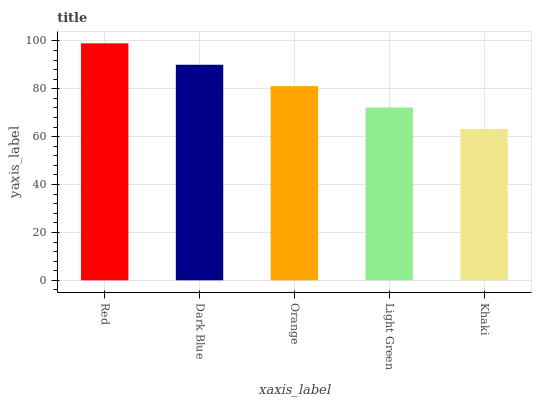
| xaxis_label | bars |
 | --- | --- |
 | Red | 99 |
 | Dark Blue | 90.1 |
 | Orange | 81.1 |
 | Light Green | 72.2 |
 | Khaki | 63.2 |